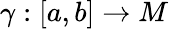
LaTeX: \gamma:[a,b]\to M